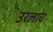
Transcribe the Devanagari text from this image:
उरलाच